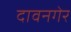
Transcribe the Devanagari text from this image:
दावनगेर